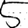
Digit: 5